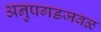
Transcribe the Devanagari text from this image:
अनुपगडजवळ